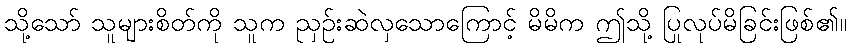
သို့သော် သူများစိတ်ကို သူက ညှဉ်းဆဲလှသောကြောင့် မိမိက ဤသို့ ပြုလုပ်မိခြင်းဖြစ်၏။